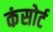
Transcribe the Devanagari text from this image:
कंसोर्ट